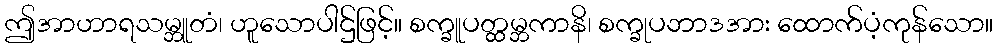
ဤအာဟာရသမ္ဘူတံ၊ ဟူသောပါဌ်ဖြင့်။ စက္ခူပတ္ထမ္ဘကာနိ၊ စက္ခုပဘာဒအား ထောက်ပံ့ကုန်သော။